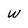
Character: w